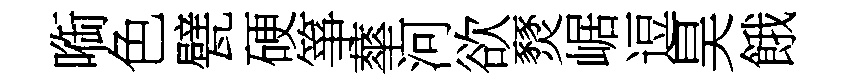
㗸色甓硬箏蕐河欲燹崌逗昊餓